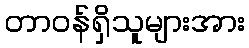
တာဝန်ရှိသူများအား